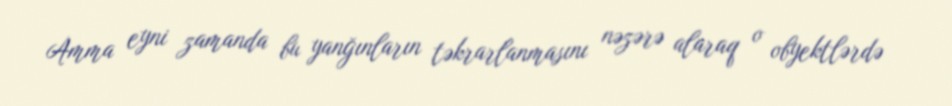
Amma eyni zamanda bu yanğınların təkrarlanmasını nəzərə alaraq o obyektlərdə